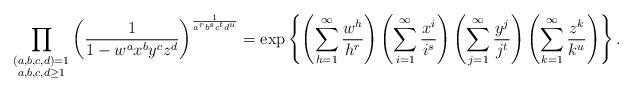
LaTeX: \begin{align*} \prod_{\substack{ (a,b,c,d)=1 \\ a,b,c,d \geq 1}} \left( \frac{1}{1-w^a x^b y^c z^d} \right)^{\frac{1}{a^r b^s c^t d^u}} = \exp\left\{ \left( \sum_{h=1}^{\infty} \frac{w^h}{h^r}\right) \left( \sum_{i=1}^{\infty} \frac{x^i}{i^s}\right) \left( \sum_{j=1}^{\infty} \frac{y^j}{j^t}\right) \left( \sum_{k=1}^{\infty} \frac{z^k}{k^u}\right)\right\}. \end{align*}